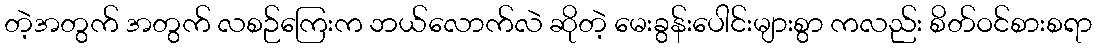
တဲ့အတွက် အတွက် လစဉ်ကြေးက ဘယ်လောက်လဲ ဆိုတဲ့ မေးခွန်းပေါင်းများစွာ ကလည်း စိတ်ဝင်စားစရာ